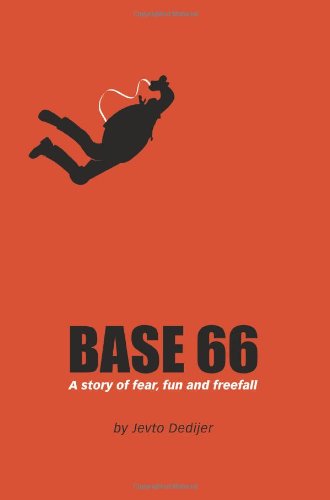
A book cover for Base 66: A Story of Fear, Fun, and Freefall; Jevto Dedijer; Sports & Outdoors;